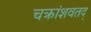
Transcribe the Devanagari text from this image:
चक्रांशवतद्